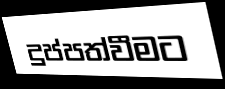
දුප්පත්වීමට